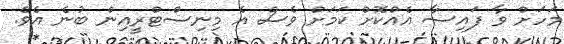
މަހަށް ވާ ފައިސާ އެއްކޮށް ކަމަށް ވެސް އެ މިނިސްޓްރީއިން ބުނެ އެވެ.